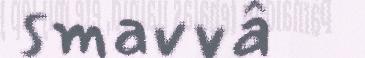
smavvâ